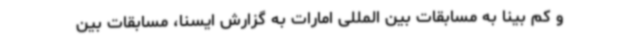
و کم بینا به مسابقات بین المللی امارات به گزارش ایسنا، مسابقات بین